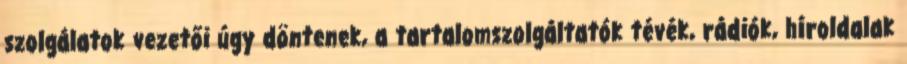
szolgálatok vezetői úgy döntenek, a tartalomszolgáltatók tévék, rádiók, híroldalak